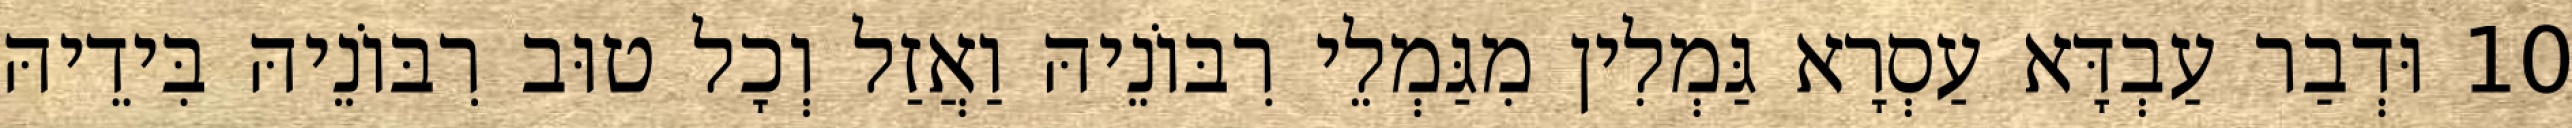
10 וּדְבַר עַבְדָּא עַסְרָא גַּמְלִין מִגַּמְלֵי רִבּוֹנֵיהּ וַאֲזַל וְכָל טוּב רִבּוֹנֵיהּ בִּידֵיהּ